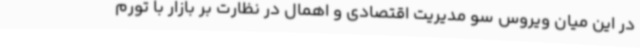
در این میان ویروس سو مدیریت اقتصادی و اهمال در نظارت بر بازار با تورم